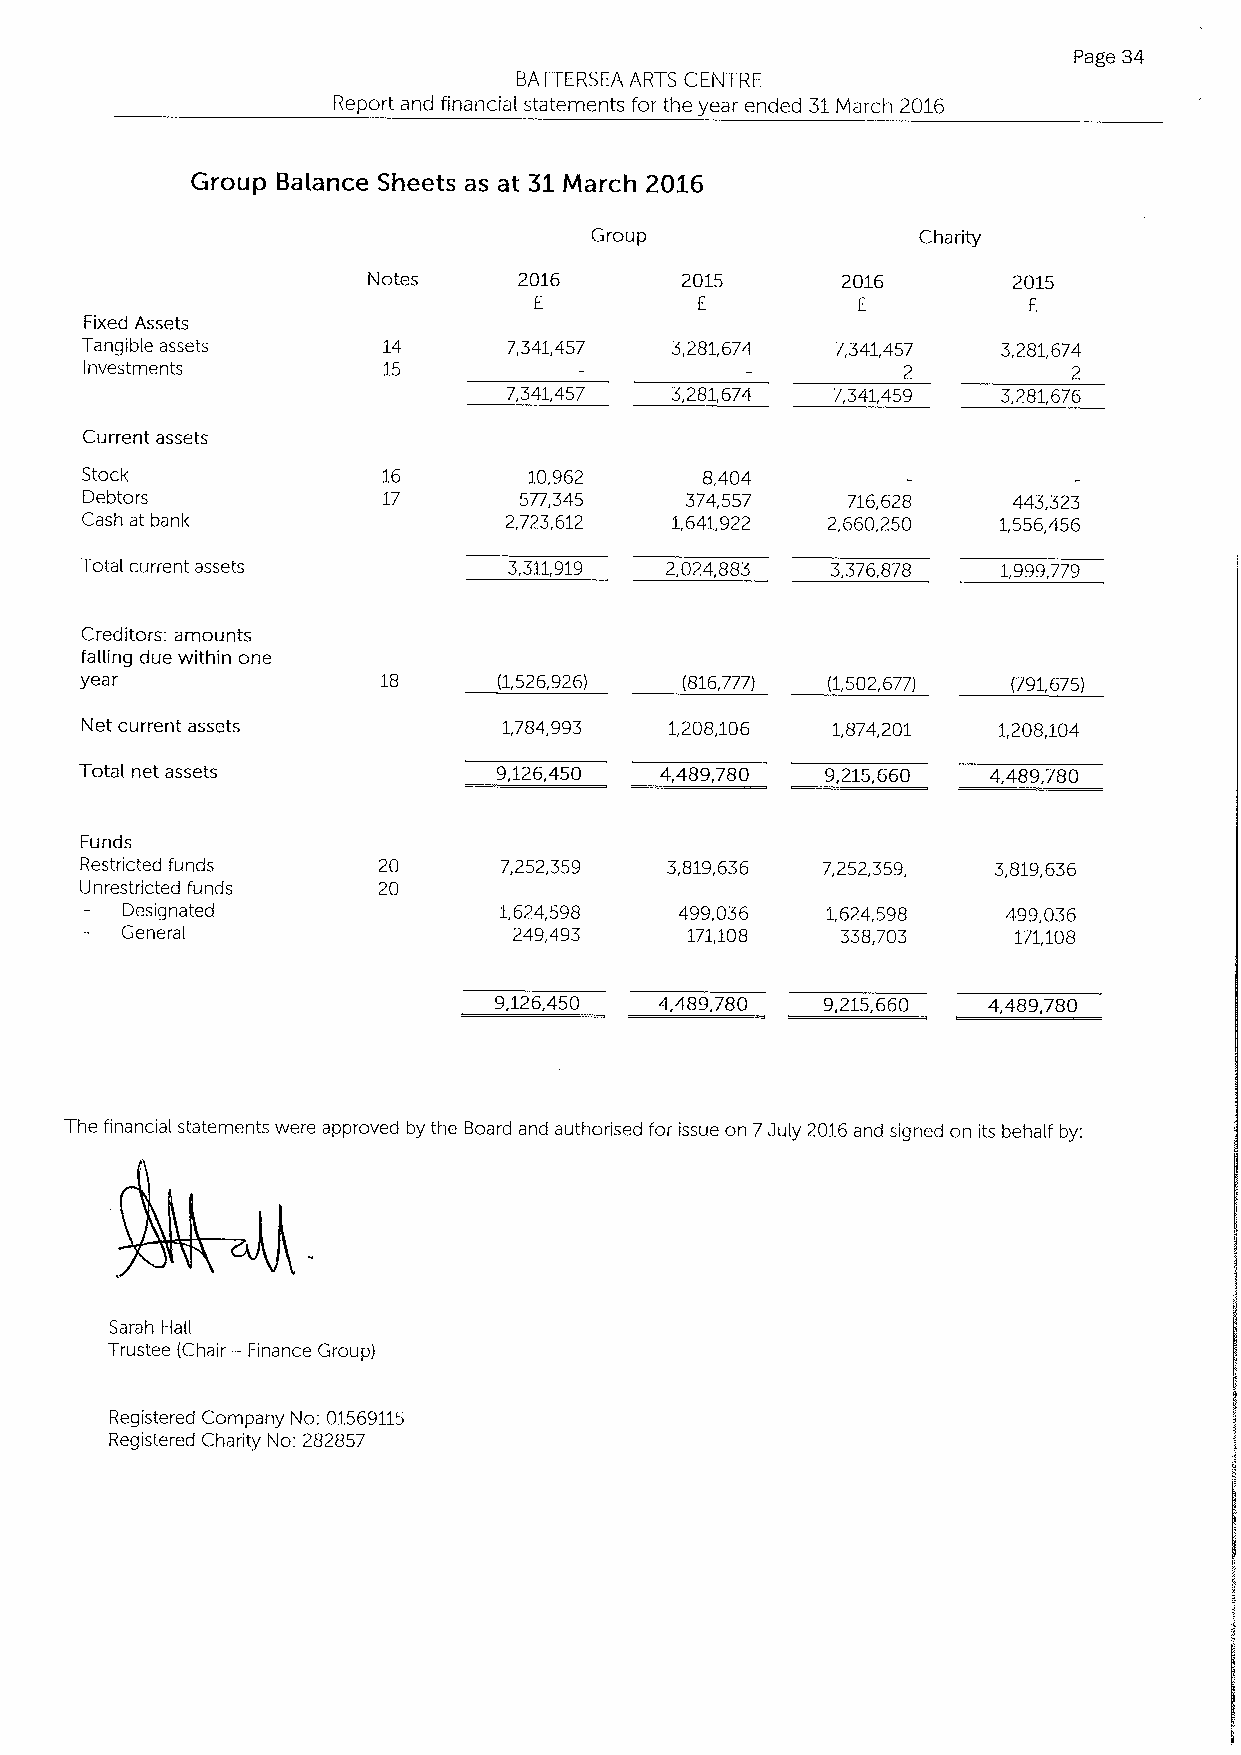
Page 34
 BATTERSEA ARTS CENTRE
 Report and financial statements for the year ended 31March 2016
 Group Balance Sheets as at 31March 2016
 Group                 Charity
 Notes     2016       2015       2016       2015
 E          E          E          E
 Fixed Assets
 Tangible assets     14       7,341,457 3,281,674  7,341,457  3,281,674
 Investments        15                                 2          2
 7,341,457 3,281,674  7,341,459  3,281,676
 Current assets
 Stock               16        10,962      8,404
 Debtors             17       577,345    374,557    716,628    443,323
 Cash at bank                2,723,612  1,641,922  2,660,250  1,556,456
 Total current assets         3,311,919 2,024,883  3,376,878  1,999,779
 Creditors: amounts
 falling due within one
 year                18      (1,526,926) (816,777) (1,502,677) (791,675)
 Net current assets          1,784,993  1,208,106  1,874,201  1,208,104
 Total net assets            9,126,450  4,489,780  9,215,660 4,489,780
 Funds
 Restricted funds    20      7,252,359  3,819,636 7,252,359,  3,819,636
 Unrestricted funds  20
 Designated               1,624,598   499,036   1,624,598   499,036
 General                   249,493    171,108    338,703    171,108
 9,126,450  4,489,780 9,215,660  4,489,780
 The financial statements were approved by the E)oard and authorised for issue on 7July 2016and signed on its behalf by:
 Sarah Hail
 Trustee (Chair —Finance Group)
 Registered Company No: 01569115
 Registered Charity No: 282857